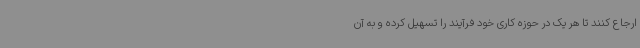
ارجاع کنند تا هر یک در حوزه کاری خود فرآیند را تسهیل کرده و به آن